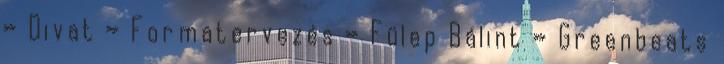
» Divat » Formatervezés » Fülep Bálint » Greenbeats